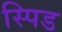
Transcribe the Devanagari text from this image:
स्पिड